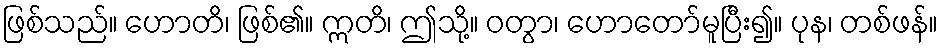
ဖြစ်သည်။ ဟောတိ၊ ဖြစ်၏။ ဣတိ၊ ဤသို့။ ဝတွာ၊ ဟောတော်မူပြီး၍။ ပုန၊ တစ်ဖန်။